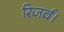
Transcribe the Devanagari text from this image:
रिजर्व।